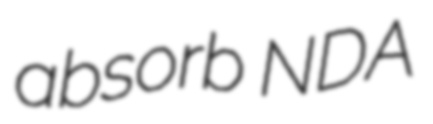
absorb NDA